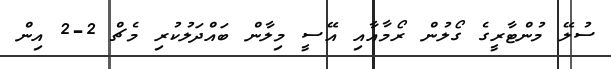
ސުލޭ މުންޓާރީގެ ގޯލުން ރޯމާއާއި އޭސީ މިލާން ބައްދަލުކުރި މެޗް 2-2 އިން